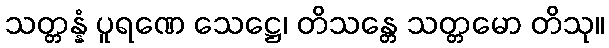
သတ္တန္နံ ပူရဏေ သေဋ္ဌေ၊ တိသန္တေ သတ္တမော တိသု။